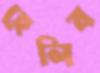
হেলিব